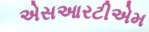
એસઆરટીએમ